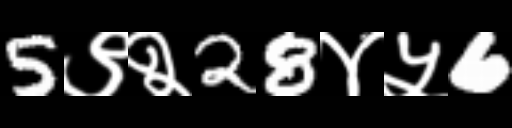
Text: 5९२28४५6